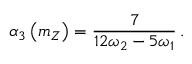
\alpha _ { 3 } \left( m _ { Z } \right) = \frac { 7 } { 1 2 \omega _ { 2 } - 5 \omega _ { 1 } } \, .